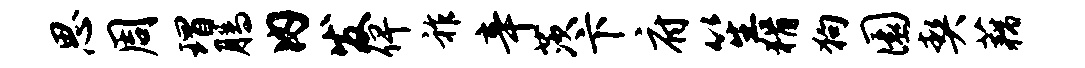
思周瑁腾内发俾祚辛茨卞府笙猾狗圜契藕